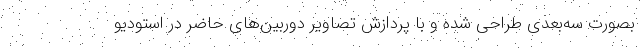
بصورت سه‌بعدی طراحی شده و با پردازش تصاویر دوربین‌های حاضر در استودیو